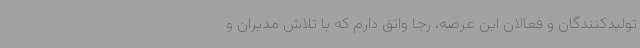
تولیدکنندگان و فعالان این عرصه، رجا واثق دارم که با تلاش مدیران و